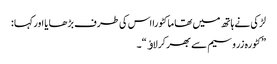
لڑکی نے ہاتھ میں تھا ما کٹورا اس کی طرف بڑھا یا اورکہا :
”کٹورہ زروسیم سے بھر کرلاﺅ“۔